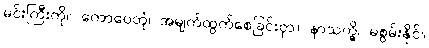
မင်းကြီးကို။ ကောပေတုံ၊ အမျက်ထွက်စေခြင်းငှာ။ နာသက္ခိ၊ မစွမ်းနိုင်။